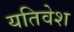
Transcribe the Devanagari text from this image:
यतिवेश